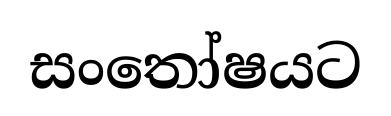
සංතෝෂයට